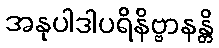
အနုပါဒါပရိနိဗ္ဗာနန္တိ